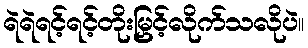
ရဲရဲရင့်ရင့်တိုးမြှင့်လိုက်သလိုပဲ။